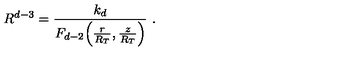
R ^ { d - 3 } = \frac { k _ { d } } { F _ { d - 2 } \Big ( \frac { r } { R _ { T } } , \frac { z } { R _ { T } } \Big ) } \ .